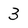
Character: 3